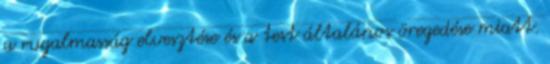
a rugalmasság elvesztése és a test általános öregedése miatt.